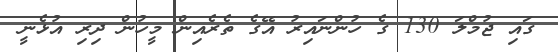
ގައި ޖުމްލަ 130 ގެ ހުންނައިރު އޭގެ ތެރެއިން މީހުން ދިރި އުޅެނީ